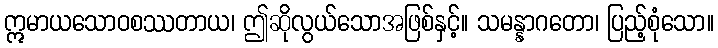
ဣမာယသောဝစဿတာယ၊ ဤဆိုလွယ်သောအဖြစ်နှင့်။ သမန္နာဂတော၊ ပြည့်စုံသော။